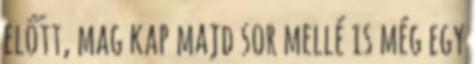
előtt, mag kap majd sor mellé is még egy